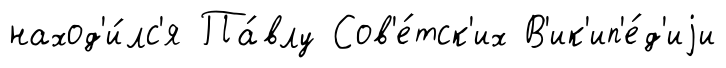
наход'и́лс'я Па́влу Сов'е́тск'их В'ик'ип'е́д'иjи